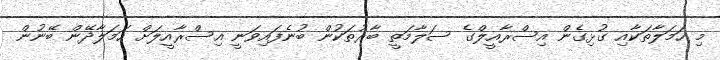
މި ހަމަލާތަކާއި ގުޅިގެން އިސްރާއީލްގެ ސަލާމަތީ ބާރުތަކުން ބުނެފައިވަނީ އިސްރާއީލަށް ހަމަލާދޭން ބޭނުން